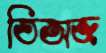
তিঅজ